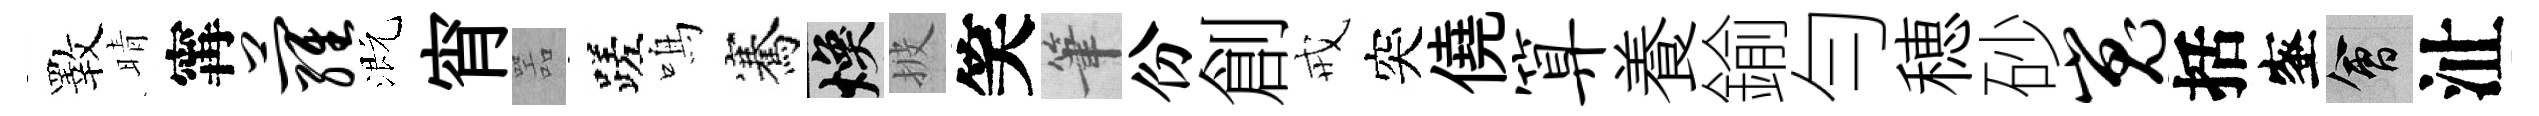
斁晴𡩋萝溉宵噐蹉鳴騫焕披笑筆份創戒突僥算養鍮勻穂砂嵬括蜜會沚